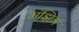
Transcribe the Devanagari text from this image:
मंझिम